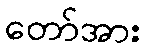
တော်အား